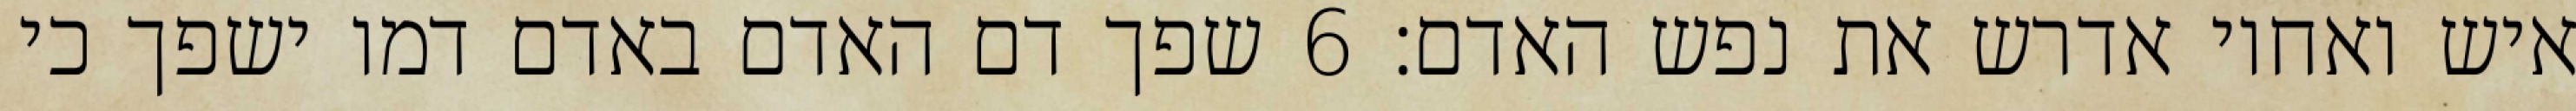
איש ואחיו אדרש את נפש האדם׃ ‎6‏ שפך דם האדם באדם דמו ישפך כי